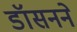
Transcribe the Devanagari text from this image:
डॉसनने